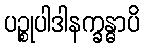
ပဉ္စုပါဒါနက္ခန္ဓာပိ